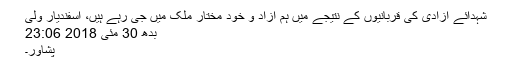
شہدائے آزادی کی قربانیوں کے نتیجے میں ہم آزاد و خود مختار ملک میں جی رہے ہیں، اسفندیار ولی
بدھ 30 مئی 2018 23:06
پشاور۔